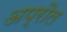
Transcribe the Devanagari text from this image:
अप्रौल